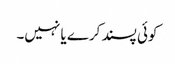
کوئی پسند کرے یا نہیں۔